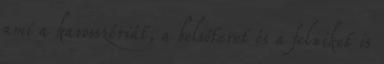
ami a karosszériát, a belsőteret és a felniket is